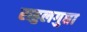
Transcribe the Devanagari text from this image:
राहुलगुप्ता